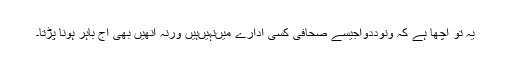
یہ تو اچھا ہے کہ ونوددوآجیسے صحافی کسی ادارے میںنہیںہیں ورنہ انھیں بھی آج باہر ہونا پڑتا۔